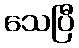
သေပြီ